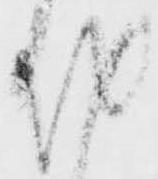
越